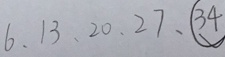
6 , 1 3 , 2 0 , 2 7 , \textcircled { 3 4 }